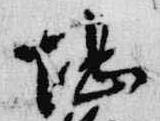
堪